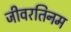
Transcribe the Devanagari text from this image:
जीवरतिनम